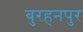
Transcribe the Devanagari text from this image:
बुरहनपुर